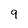
Character: 9